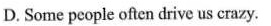
D. Some people often drive us crazy.